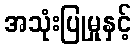
အသုံးပြုမှုနှင့်